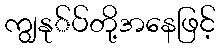
ကျွနု်ပ်တို့အနေဖြင့်